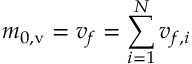
m _ { 0 , \mathrm { v } } = v _ { f } = \sum _ { i = 1 } ^ { N } v _ { f , i }